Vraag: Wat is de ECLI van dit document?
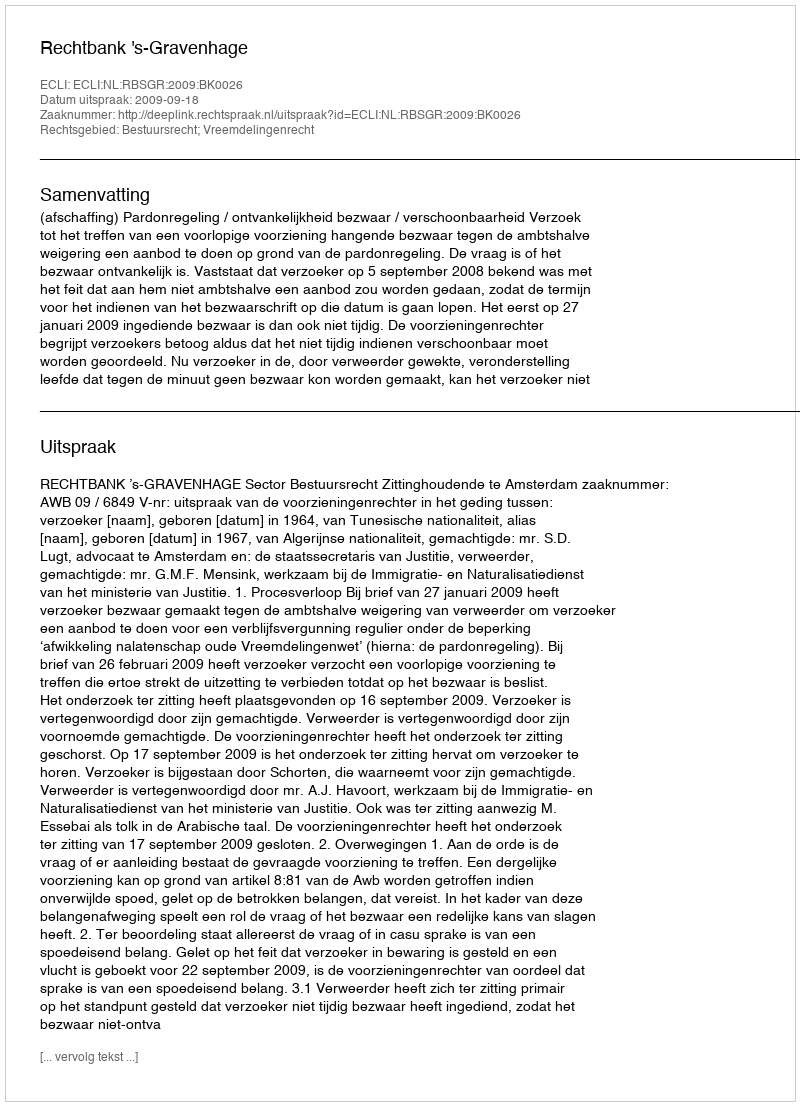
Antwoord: ECLI:NL:RBSGR:2009:BK0026